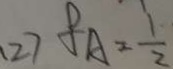
( 2 ) f _ { A } = \frac { 1 } { 2 }